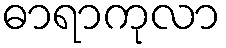
ဓာရာကုလာ